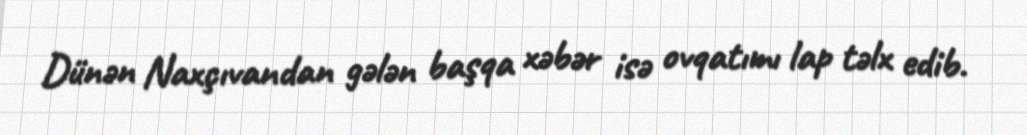
Dünən Naxçıvandan gələn başqa xəbər isə ovqatımı lap təlx edib.